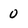
Character: 0